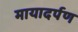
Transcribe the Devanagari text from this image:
मायादर्पण